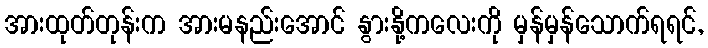
အားထုတ်တုန်းက အားမနည်းအောင် နွားနို့ကလေးကို မှန်မှန်သောက်ရရင်,